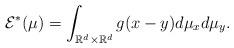
LaTeX: \begin{align*} \mathcal{E}^{*} (\mu) = \int_{\mathbb{R}^{d} \times \mathbb{R}^{d}} g(x-y) d \mu_{x} d \mu_{y}. \end{align*}